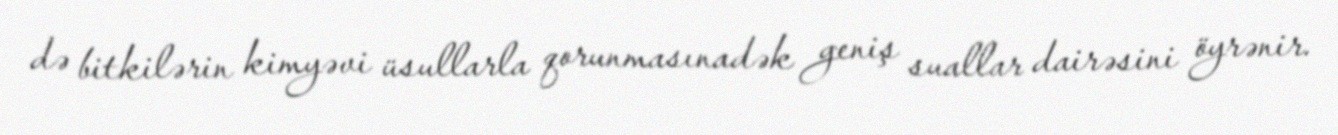
də bitkilərin kimyəvi üsullarla qorunmasınadək geniş suallar dairəsini öyrənir.